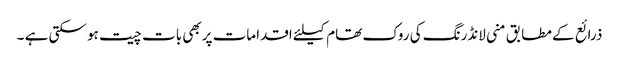
ذرائع کے مطابق منی لانڈرنگ کی روک تھام کیلئے اقدامات پربھی بات چیت ہو سکتی ہے ۔